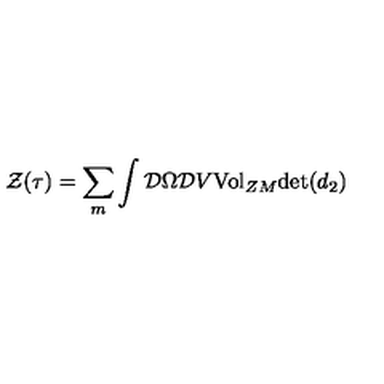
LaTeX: { \cal { Z } } ( \tau { } ) = \sum _ { m } \int { \cal { D } } \Omega { \cal { D } } V { \mathrm { V o l } } _ { Z M } { \mathrm { d e t } } ( d _ { 2 } )